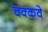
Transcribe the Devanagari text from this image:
चक्‍कवे